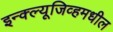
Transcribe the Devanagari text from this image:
इन्क्ल्यूजिव्हमधील